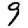
Digit: 9